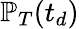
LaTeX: \mathbb{P}_{T}(t_{d})